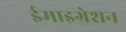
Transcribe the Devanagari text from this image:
ईमाइग्रेशन